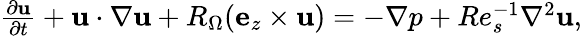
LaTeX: \begin{array}{r}{\frac{\partial\textbf{u}}{\partial t}+\textbf{u}\cdot\nabla\textbf{u}+R_{\Omega}(\textbf{e}_{z}\times\textbf{u})=-\nabla p+Re_{s}^{-1}\nabla^{2}\textbf{u},}\end{array}